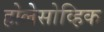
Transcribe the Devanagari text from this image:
होलेसोव्हिक